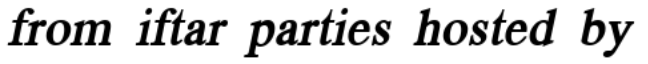
from iftar parties hosted by